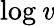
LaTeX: \log\mathit{v}